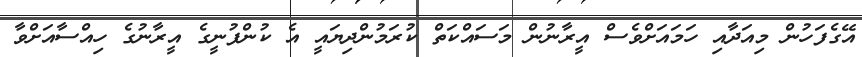
އޭގެފަހުން މިއަދާއި ހަމައަށްވެސް އީރާނުން މަސައްކަތް ކުރަމުންދިޔައީ އެ ކުންފުނީގެ އީރާނުގެ ހިއްސާއަށްވާ